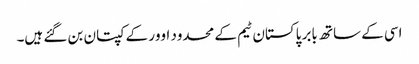
اسی کے ساتھ بابر پاکستان ٹیم کے محدود اوور کے کپتان بن گئے ہیں۔